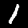
Digit: 1